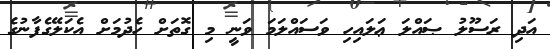
އަދި ރަސޫލު ޞައްލަ ޢަލައިހި ވަސައްލަމަ ވަނީ މި ގޮތަށް ހެދުމަށް އެކަލޭގެފާނުގެ